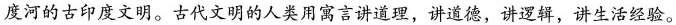
度河的古印度文明。古代文明的人类用寓言讲道理,讲道德,讲逻辑,讲生活经验。